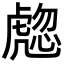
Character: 𧇰